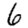
Digit: 6